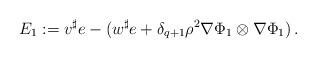
LaTeX: \begin{align*}E_1 := v^\sharp e - (w^\sharp e + \delta_{q+1} \rho^2 \nabla \Phi_1 \otimes \nabla \Phi_1)\, .\end{align*}